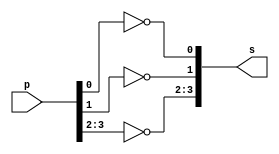
// ---------------------
// Exemplo 04_02 - NOT
// Nome: xxx yyy zzz
// ---------------------

// ---------------------
// -- not gate
// ---------------------

module notgate (s, p);
 output [3:0] s;
 input  [3:0] p;

 assign s[0]   = ~p[0];
 assign s[1]   = ~p[1];
 assign s[3:2] = ~p[3:2];

endmodule // notgate

// ---------------------
// -- test not gate
// ---------------------

module testnotgate;
 reg   [3:0] a;
 wire  [3:0] s;
          // instancia
 notgate NOT1 (s, a);

          // parte principal
 initial begin
      $display("Exemplo 04_02 - xxx yyy zzz - 999999");
      $display("Test NOT gate");
      $display("\n~a = s\n");
      a=0000;
  #1  $display("~%4b = %4b", a, s);
      a=1001;
  #1  $display("~%4b = %4b", a, s);
 end

endmodule // testnotgate